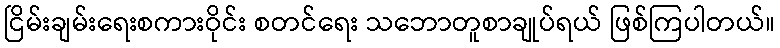
ငြိမ်းချမ်းရေးစကားဝိုင်း စတင်ရေး သဘောတူစာချုပ်ရယ် ဖြစ်ကြပါတယ်။